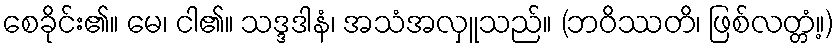
စေခိုင်း၏။ မေ၊ ငါ၏။ သဒ္ဒဒါနံ၊ အသံအလှူသည်။ (ဘဝိဿတိ၊ ဖြစ်လတ္တံ့။)